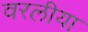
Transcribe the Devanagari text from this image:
वरलीया